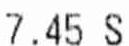
7.45 S